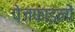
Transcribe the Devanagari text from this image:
पेजफाइलों